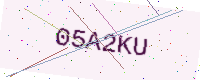
Text: 05A2KU